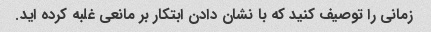
زمانی را توصیف کنید که با نشان دادن ابتکار بر مانعی غلبه کرده اید.